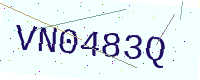
Text: VN0483Q